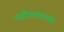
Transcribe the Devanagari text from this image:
नक्षीकामाच्या